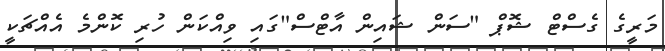
މަރީގެ ގެސްޓް ޝޮޕް "ސަން ޝައިން އާޓްސް"ގައި ވިއްކަން ހުރި ކޮންމެ އެއްޗަކީ